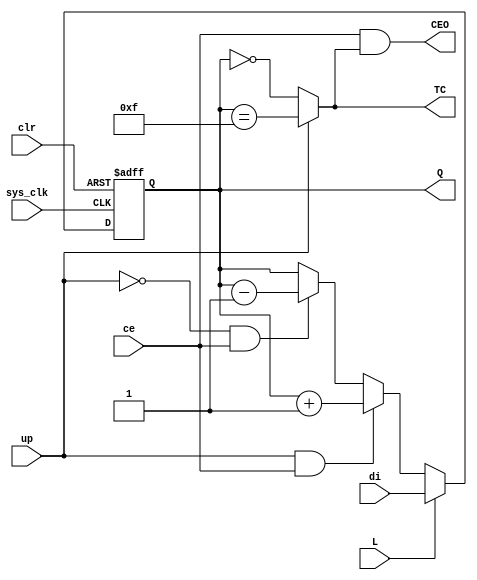
module VCBmCLED(ce, Q, up, CEO, di, TC, L, sys_clk, clr);

input ce;
output reg [3:0] Q = 0;
input up;
output wire CEO;
input [3:0] di;
output wire TC;
input L;
input sys_clk;
input clr;

assign TC = up ? (Q == 15) : (Q == 0);
assign CEO = ce & TC;

always @(posedge clr or posedge sys_clk)
begin
        if (clr)
                Q <= 0;
        else
                Q <= L ? di : (up & ce) ? Q + 4'd1 :
                              (!up & ce) ? Q - 4'd1 : Q;
end

endmodule